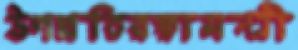
উপপ্রতিরক্ষামন্ত্রী